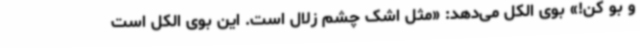
و بو کن!» بوی الکل می‌دهد: «مثل اشک چشم زلال است. این بوی الکل است